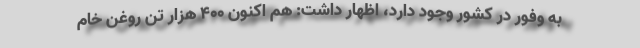
به وفور در کشور وجود دارد، اظهار داشت: هم اکنون ۴۰۰ هزار تن روغن خام